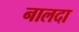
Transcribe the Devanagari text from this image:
नालदा